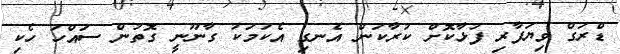
ޑްރަގް ވިޔަފާރި ފުޅާކޮށް ކުރާކަން އެނގި އެކަމަކު ގާނޫނީ ގޮތުން ސައްހަ ހެކި